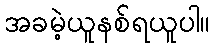
အခမဲ့ယူနစ်ရယူပါ။